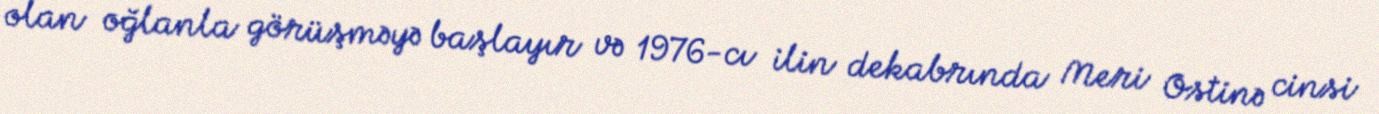
olan oğlanla görüşməyə başlayır və 1976-cı ilin dekabrında Meri Ostinə cinsi